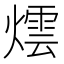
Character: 𭶀